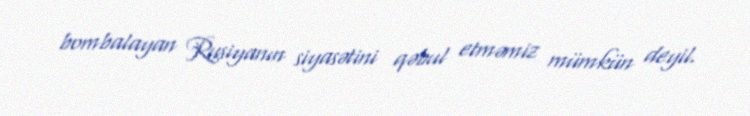
bombalayan Rusiyanın siyasətini qəbul etməmiz mümkün deyil.